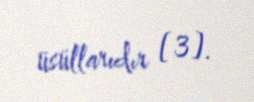
üsüllarıdır [3].